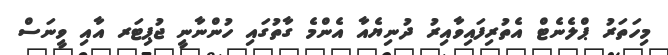
މިހަތަރު ޕްލެނެޓް އެތުރިފައިވާއިރު ދުނިޔެއާ އެންމެ ގާތުގައި ހުންނާނީ ޖުޕިޓަރ އާއި ވީނަސް